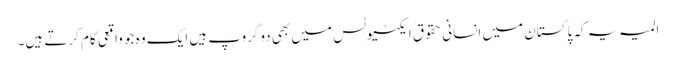
المیہ یہ کہ پاکستان میں انسانی حقوق ایکٹیوٹس میں بھی دوگروپ ہیں ایک وہ جو واقعی کام کرتے ہیں۔